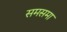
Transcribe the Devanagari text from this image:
समसमा